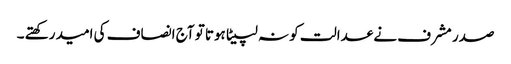
صدر مشرف نے عدالت کو نہ لپیٹا ہوتا تو آج انصاف کی امید رکھتے ۔